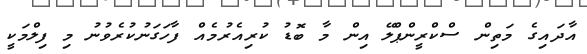
އާދައިގެ މަތިން ސްކްރީންޕްލޭ އިން މާ ބޮޑު ކުރިއެރުމެއް ފާހަގަނުކުރެވުނު މި ފިލްމަކީ